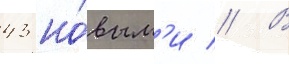
43 но́вым'и // В